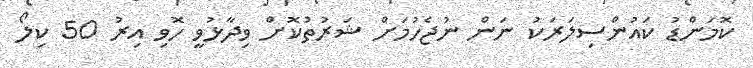
ކޮމަންޑު ކައުންސިލަރަކު ނަން ނުޖެހުމަށް ޝަރުތުުކޮށް ވިދާޅުވީ ހޮވި އިރު 50 ކިލޯ